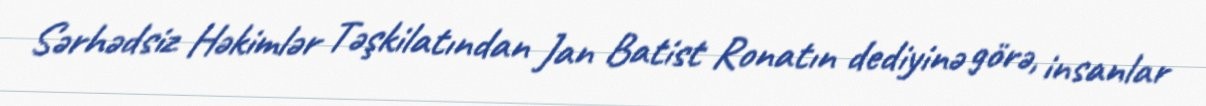
Sərhədsiz Həkimlər Təşkilatından Jan Batist Ronatın dediyinə görə, insanlar